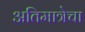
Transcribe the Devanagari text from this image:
अतिमात्रेचा